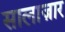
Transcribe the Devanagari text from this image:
सालाज़ार